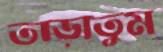
তাড়াতুম